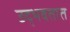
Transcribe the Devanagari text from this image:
उद्‍भवतात